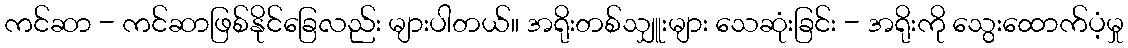
ကင်ဆာ - ကင်ဆာဖြစ်နိုင်ခြေလည်း များပါတယ်။ အရိုးတစ်သျှူးများ သေဆုံးခြင်း - အရိုးကို သွေးထောက်ပံ့မှု